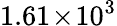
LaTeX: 1.61\! \times\! 10^{3}